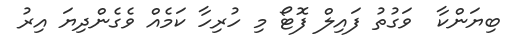
ބިޔަންކާ  ވަގުތު ފައިލް ފޮޓޯ މި ހުރިހާ ކަމެއް ވެގެންދިޔަ އިރު